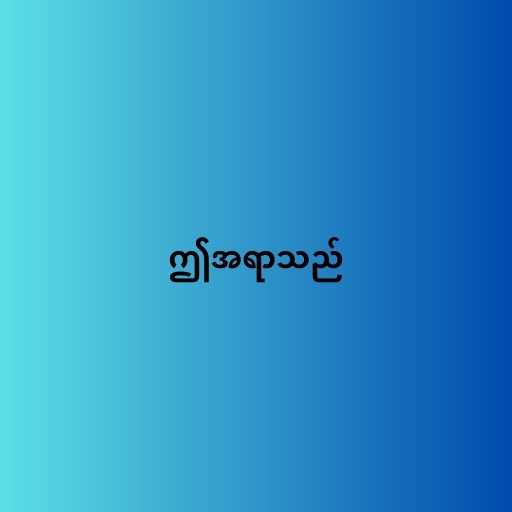
ဤအရာသည်